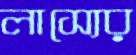
লাস্যের